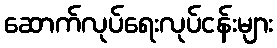
ဆောက်လုပ်ရေးလုပ်ငန်းများ